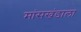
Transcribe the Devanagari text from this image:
मांसखंडाला